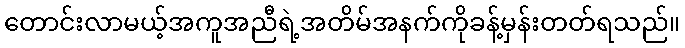
တောင်းလာမယ့်အကူအညီရဲ့အတိမ်အနက်ကိုခန့်မှန်းတတ်ရသည်။